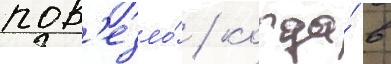
пов'езло́ / когда́ в